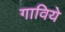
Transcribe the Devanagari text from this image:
गाविये